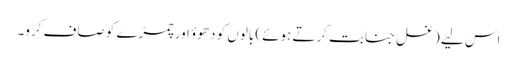
اس لیے (غسل جنابت کرتے ہوئے) بالوں کو دھوؤ اور چمڑے کو صاف کرو۔